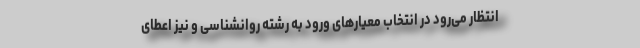
انتظار می‌رود در انتخاب معیارهای ورود به رشته روانشناسی و نیز اعطای